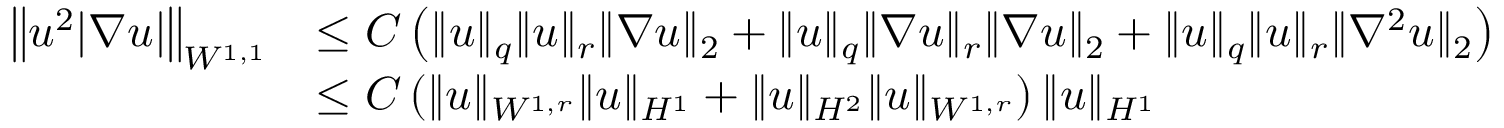
\begin{array} { r l } { \left\| u ^ { 2 } | \nabla u | \right\| _ { W ^ { 1 , 1 } } } & { \leq C \left( \| u \| _ { q } \| u \| _ { r } \| \nabla u \| _ { 2 } + \| u \| _ { q } \| \nabla u \| _ { r } \| \nabla u \| _ { 2 } + \| u \| _ { q } \| u \| _ { r } \| \nabla ^ { 2 } u \| _ { 2 } \right) } \\ & { \leq C \left( \| u \| _ { W ^ { 1 , r } } \| u \| _ { H ^ { 1 } } + \| u \| _ { H ^ { 2 } } \| u \| _ { W ^ { 1 , r } } \right) \| u \| _ { H ^ { 1 } } } \end{array}